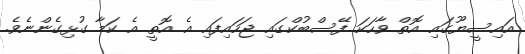
އައިސީޔޫގައި އޮތް ވާހަކަ ފޭސްބުކްގައި ޖަހައިފައި އެ އޮތީ އެ ކަމާ ގުޅިގެންނެވެ.